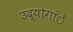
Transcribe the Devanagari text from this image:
उद्योगांे